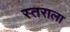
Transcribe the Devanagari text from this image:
स्तराला